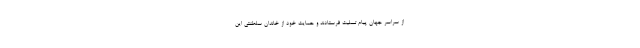
از سراسر جهان پیام تسلیت فرستادند و حمایت خود از خاندان سلطنتی این